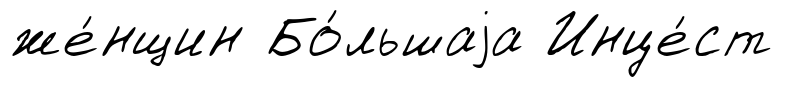
же́нщин Бо́льшаjа Инце́ст